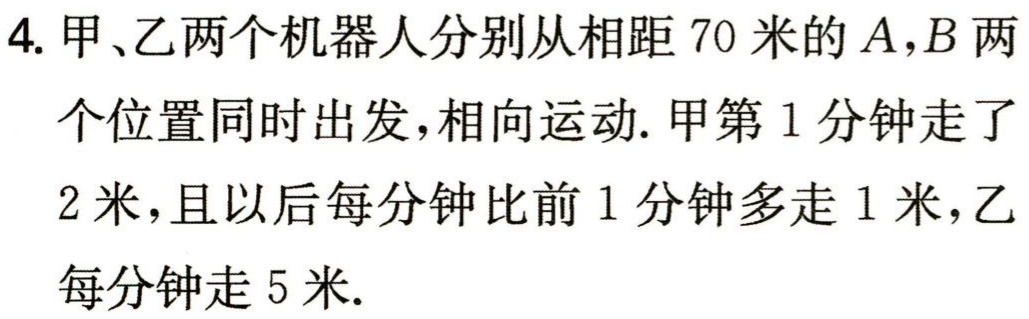
4. 甲、乙两个机器人分别从相距 70 米的 \(A,B\) 两个位置同时出发，相向运动. 甲第 1 分钟走了2 米，且以后每分钟比前 1 分钟多走 1 米，乙每分钟走 5 米.